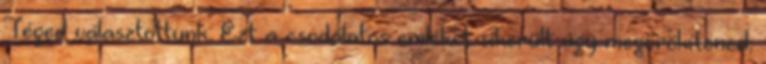
Téged választottunk. Ezt a csodálatos emléket sikerült úgy megörökítened,